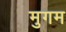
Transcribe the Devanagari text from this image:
मुगम